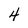
Character: 4